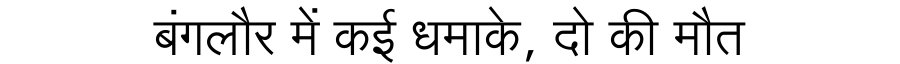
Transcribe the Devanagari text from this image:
बंगलौर में कई धमाके, दो की मौत